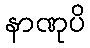
နာဏုပိ